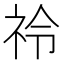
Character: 𮁣